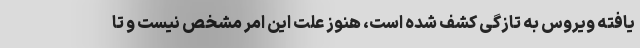
یافته ویروس به تازگی کشف شده است، هنوز علت این امر مشخص نیست و تا